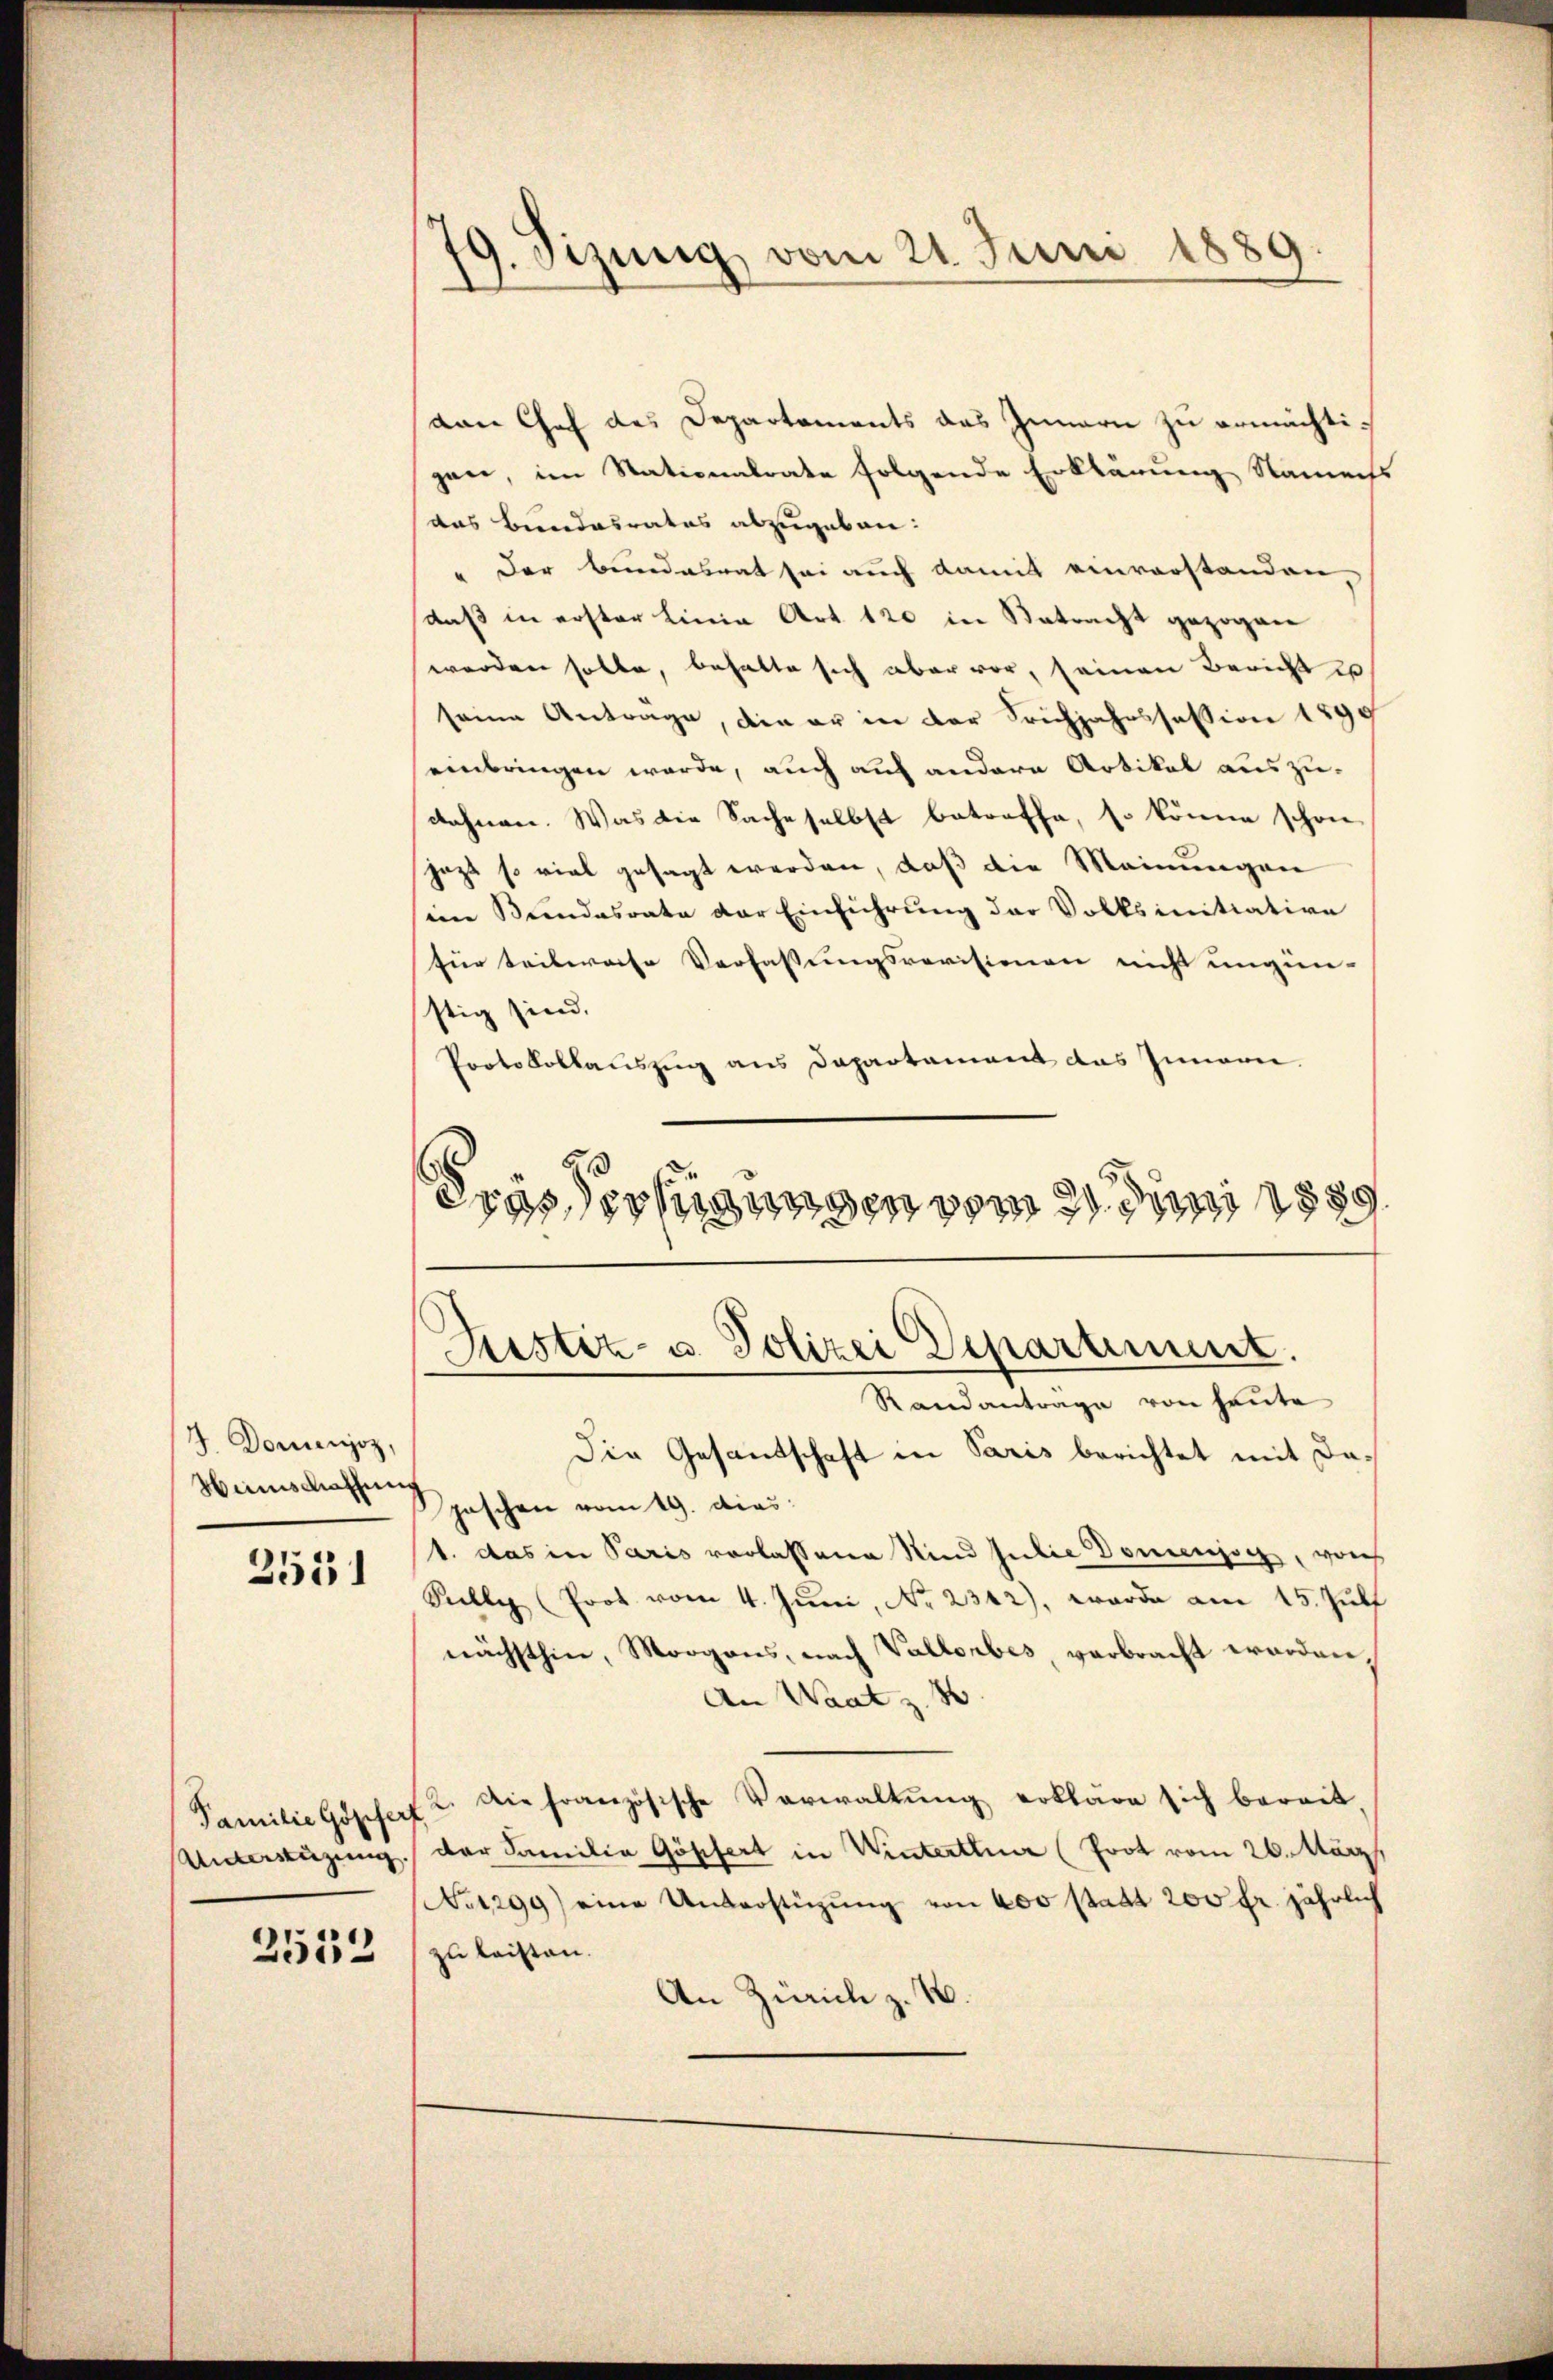
J. Domenjoz,
Winsmathung

2531

2533

9. Sizung vom 21. Juni 1889.

von Chef des Departements das Innern zu ermächtigen, im Stationalrate folgende Erklärung Naments
das Bundesrates abzugeben:
" Der Bundesrat sei auch damit einvorstanden
daß in erster Linie Art 120 in Betracht gezogen
worden solle, behalte sich aber vor, seinen Bericht u
seine Antrage, die er in der Sichjahrssession 1899
einbringen werde, auch auf andere Artikel auszudehnen. Was die Sache selbst betreffe, so könne schon
jezt so viel gesagt werden, daß die Meinungen
sein Bundesrate der Einführung der Volksinitiative
für teilerose Verfassungsrevisionen nicht ungün-
stig sind.
Protokollauszug aus Dapartament das Innern.
Frassertigungen vom 21. Juni 188.
)

Zustiz- u. Polizei Departement.

Randanträge von heute
Die Gesandschaft in Paris berichtet mit Dajaschen vom 19. dies:
1. das in Paris vorlassene Kind Julie Domenisch, von
Feelle (Prot vom 4. Juni, No. 2342), worde am 15. Juli
nächsthin, Morgans, nach Vallorbes, verbracht worden,
An Waat z. B.
Familie Gopferf 2. Die französische Verwaltŭng erkläre sich bereit,
Unterstüzung der Familia Gössert in Winterthur (Prot vom 26. März
No 1299) eine Unterstüzung von 600 statt 200 fr. jährlich
zu leisten.
An Zürich z. 1.